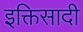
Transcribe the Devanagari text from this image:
इक्तिसादी